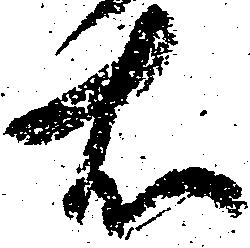
右